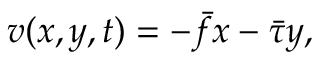
v ( x , y , t ) = - \bar { f } x - \bar { \tau } y ,